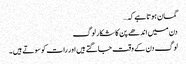
گمان ہوتا ہے کہ…
دن میں اندھے پن کا شکار لوگ
لوگ دن کے وقت جاگتے ہیں اور رات کو سوتے ہیں ۔